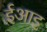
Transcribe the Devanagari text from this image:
ईआइ